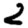
Digit: 2